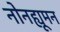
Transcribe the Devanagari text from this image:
नोनह्यूमन